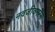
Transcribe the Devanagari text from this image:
नवजीवनरस